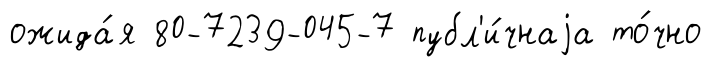
ожида́я 80-7239-045-7 публ'и́чнаjа то́чно